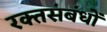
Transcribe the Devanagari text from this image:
रक्तसंबंधों